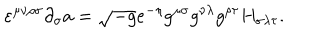
\varepsilon ^ { \mu \nu \rho \sigma } \partial _ { \sigma } a = \sqrt { - g } e ^ { - \eta } g ^ { \mu \sigma } g ^ { \nu \lambda } g ^ { \rho \tau } H _ { \sigma \lambda \tau } .